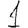
Digit: 1